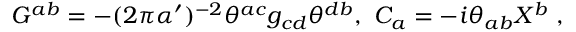
G ^ { a b } = - ( 2 \pi \alpha ^ { \prime } ) ^ { - 2 } \theta ^ { a c } g _ { c d } \theta ^ { d b } , \ C _ { a } = - i \theta _ { a b } X ^ { b } \ ,